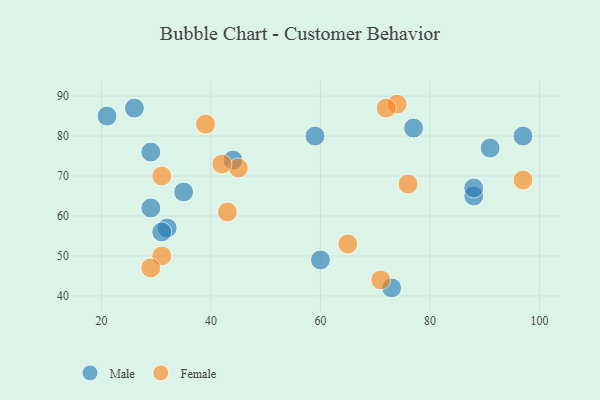
{"axis": {"x": "GDP", "y": "Life Expectancy"}, "legend": ["Female", "Male"], "data": [{"x": "88", "y": 65, "type": "Male"}, {"x": "21", "y": 85, "type": "Male"}, {"x": "32", "y": 57, "type": "Male"}, {"x": "73", "y": 42, "type": "Male"}, {"x": "44", "y": 74, "type": "Male"}, {"x": "60", "y": 49, "type": "Male"}, {"x": "59", "y": 80, "type": "Male"}, {"x": "77", "y": 82, "type": "Male"}, {"x": "88", "y": 67, "type": "Male"}, {"x": "35", "y": 66, "type": "Male"}, {"x": "29", "y": 62, "type": "Male"}, {"x": "29", "y": 76, "type": "Male"}, {"x": "31", "y": 56, "type": "Male"}, {"x": "26", "y": 87, "type": "Male"}, {"x": "97", "y": 80, "type": "Male"}, {"x": "91", "y": 77, "type": "Male"}, {"x": "31", "y": 70, "type": "Female"}, {"x": "76", "y": 68, "type": "Female"}, {"x": "74", "y": 88, "type": "Female"}, {"x": "97", "y": 69, "type": "Female"}, {"x": "45", "y": 72, "type": "Female"}, {"x": "39", "y": 83, "type": "Female"}, {"x": "72", "y": 87, "type": "Female"}, {"x": "43", "y": 61, "type": "Female"}, {"x": "42", "y": 73, "type": "Female"}, {"x": "31", "y": 50, "type": "Female"}, {"x": "65", "y": 53, "type": "Female"}, {"x": "71", "y": 44, "type": "Female"}, {"x": "29", "y": 47, "type": "Female"}]}